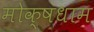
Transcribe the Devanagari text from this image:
मोक्षधाम